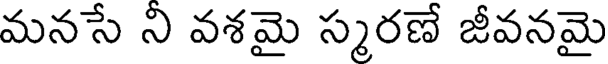
మనసే ని వశమై స్మరణే జీవనమై